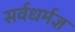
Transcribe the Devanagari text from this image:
सर्वधर्मज्ञ